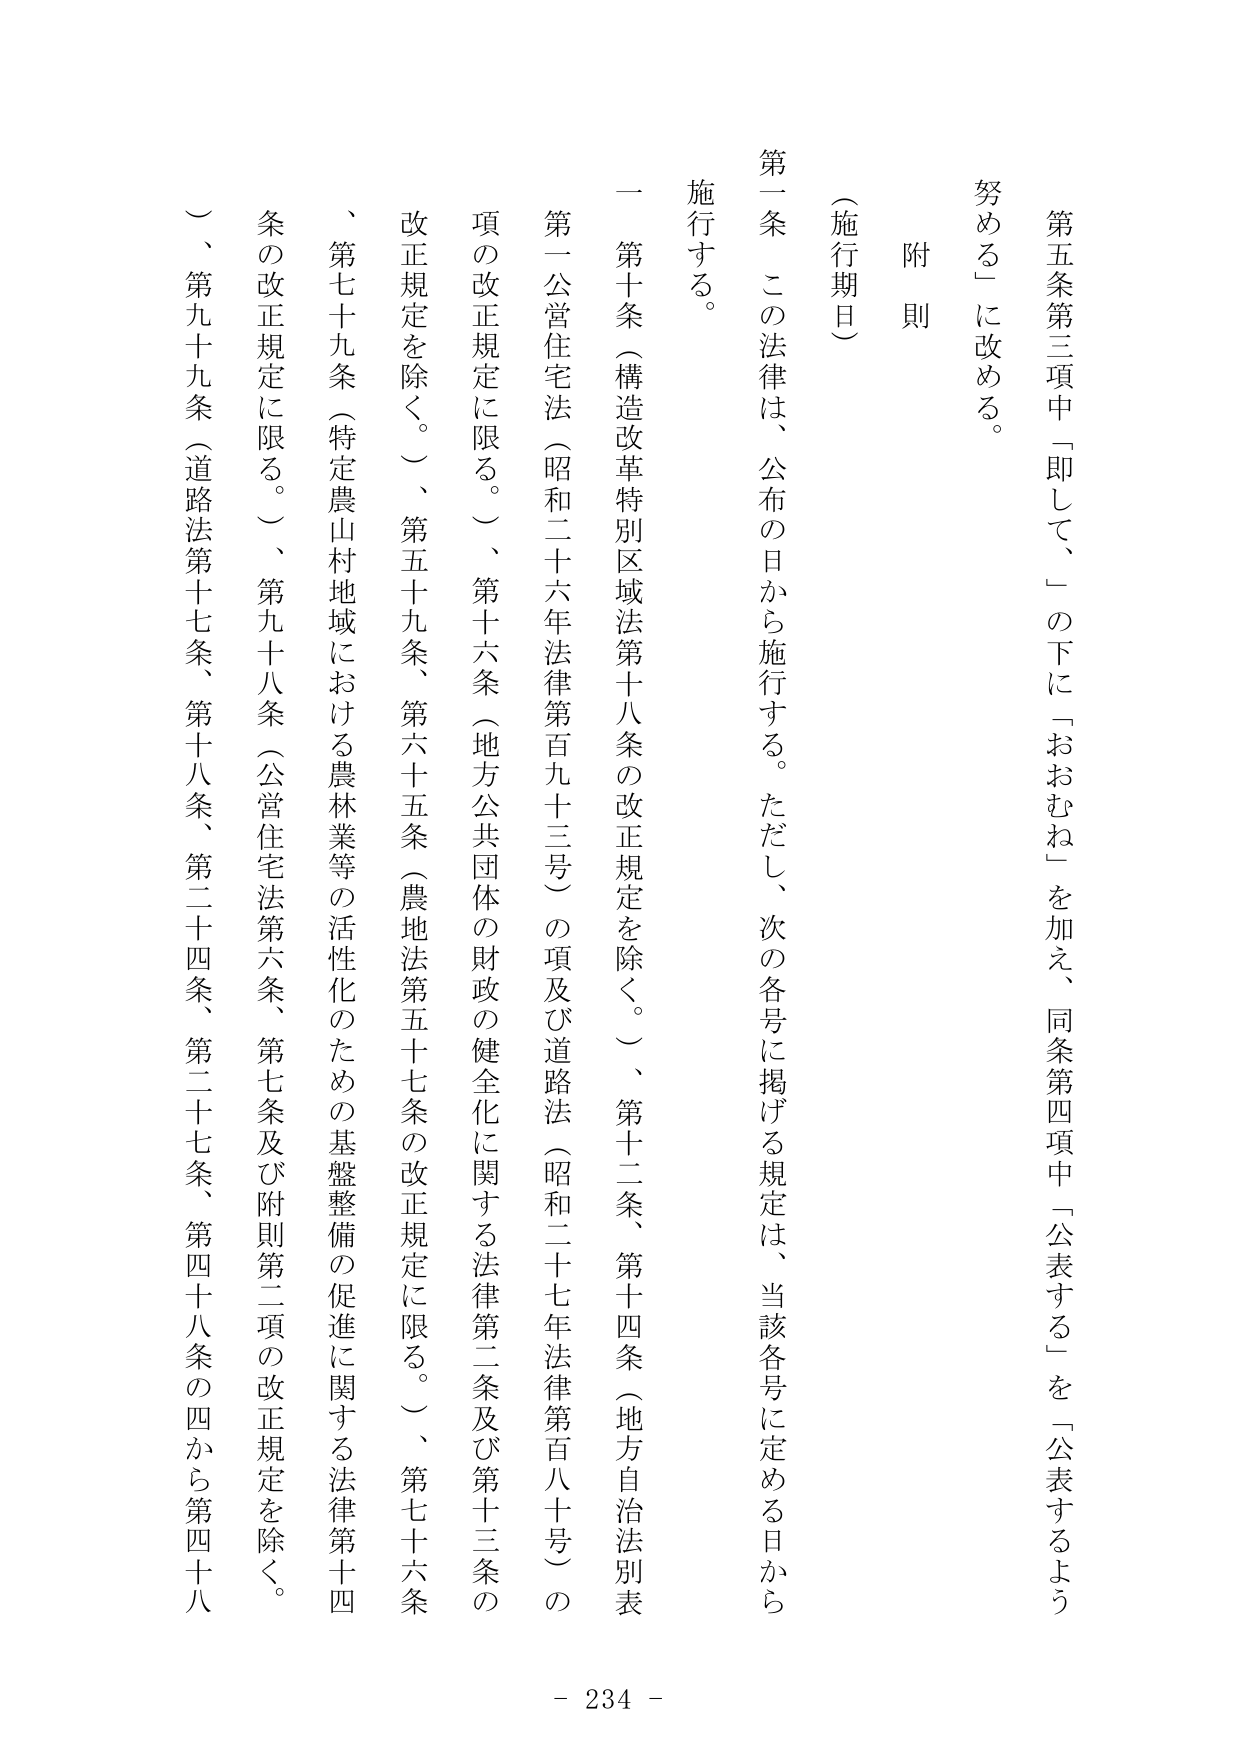
第五条第三項中「即して、」の下に「おおむね」を加え、同条第四項中「公表する」を「公表するよう努める」に改める。

附則

（施行期日）

第一条 この法律は、公布の日から施行する。ただし、次の各号に掲げる規定は、当該各号に定める日から施行する。

一 第十条（構造改革特別区域法第十八条の改正規定を除く。）、第十二条、第十四条（地方自治法別表第一公営住宅法（昭和二十六年法律第百九十三号）の項及び道路法（昭和二十七年法律第百八十号）の項の改正規定に限る。）、第十六条（地方公共団体の財政の健全化に関する法律第二条及び第十三条の改正規定を除く。）、第五十九条、第六十五条（農地法第五十七条の改正規定に限る。）、第七十六条、第七十九条（特定農山村地域における農林業等の活性化のための基盤整備の促進に関する法律第十四条の改正規定に限る。）、第九十八条（公営住宅法第六条、第七条及び附則第二項の改正規定を除く。）、第九十九条（道路法第十七条、第十八条、第二十四条、第二十七条、第四十八条の四から第四十八

- 234 -